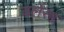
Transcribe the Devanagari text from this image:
वलेंसा